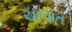
ચાલાત